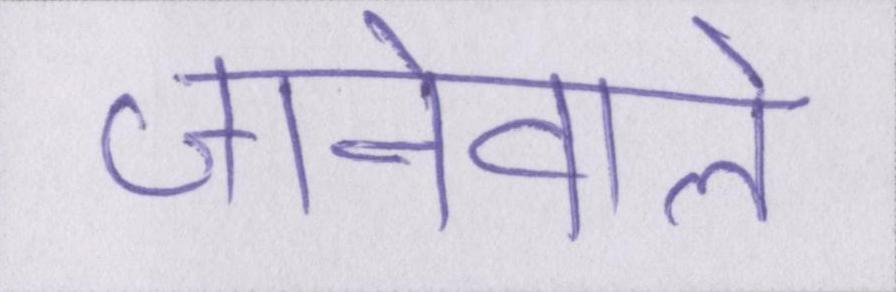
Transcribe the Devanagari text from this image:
जानेवाले